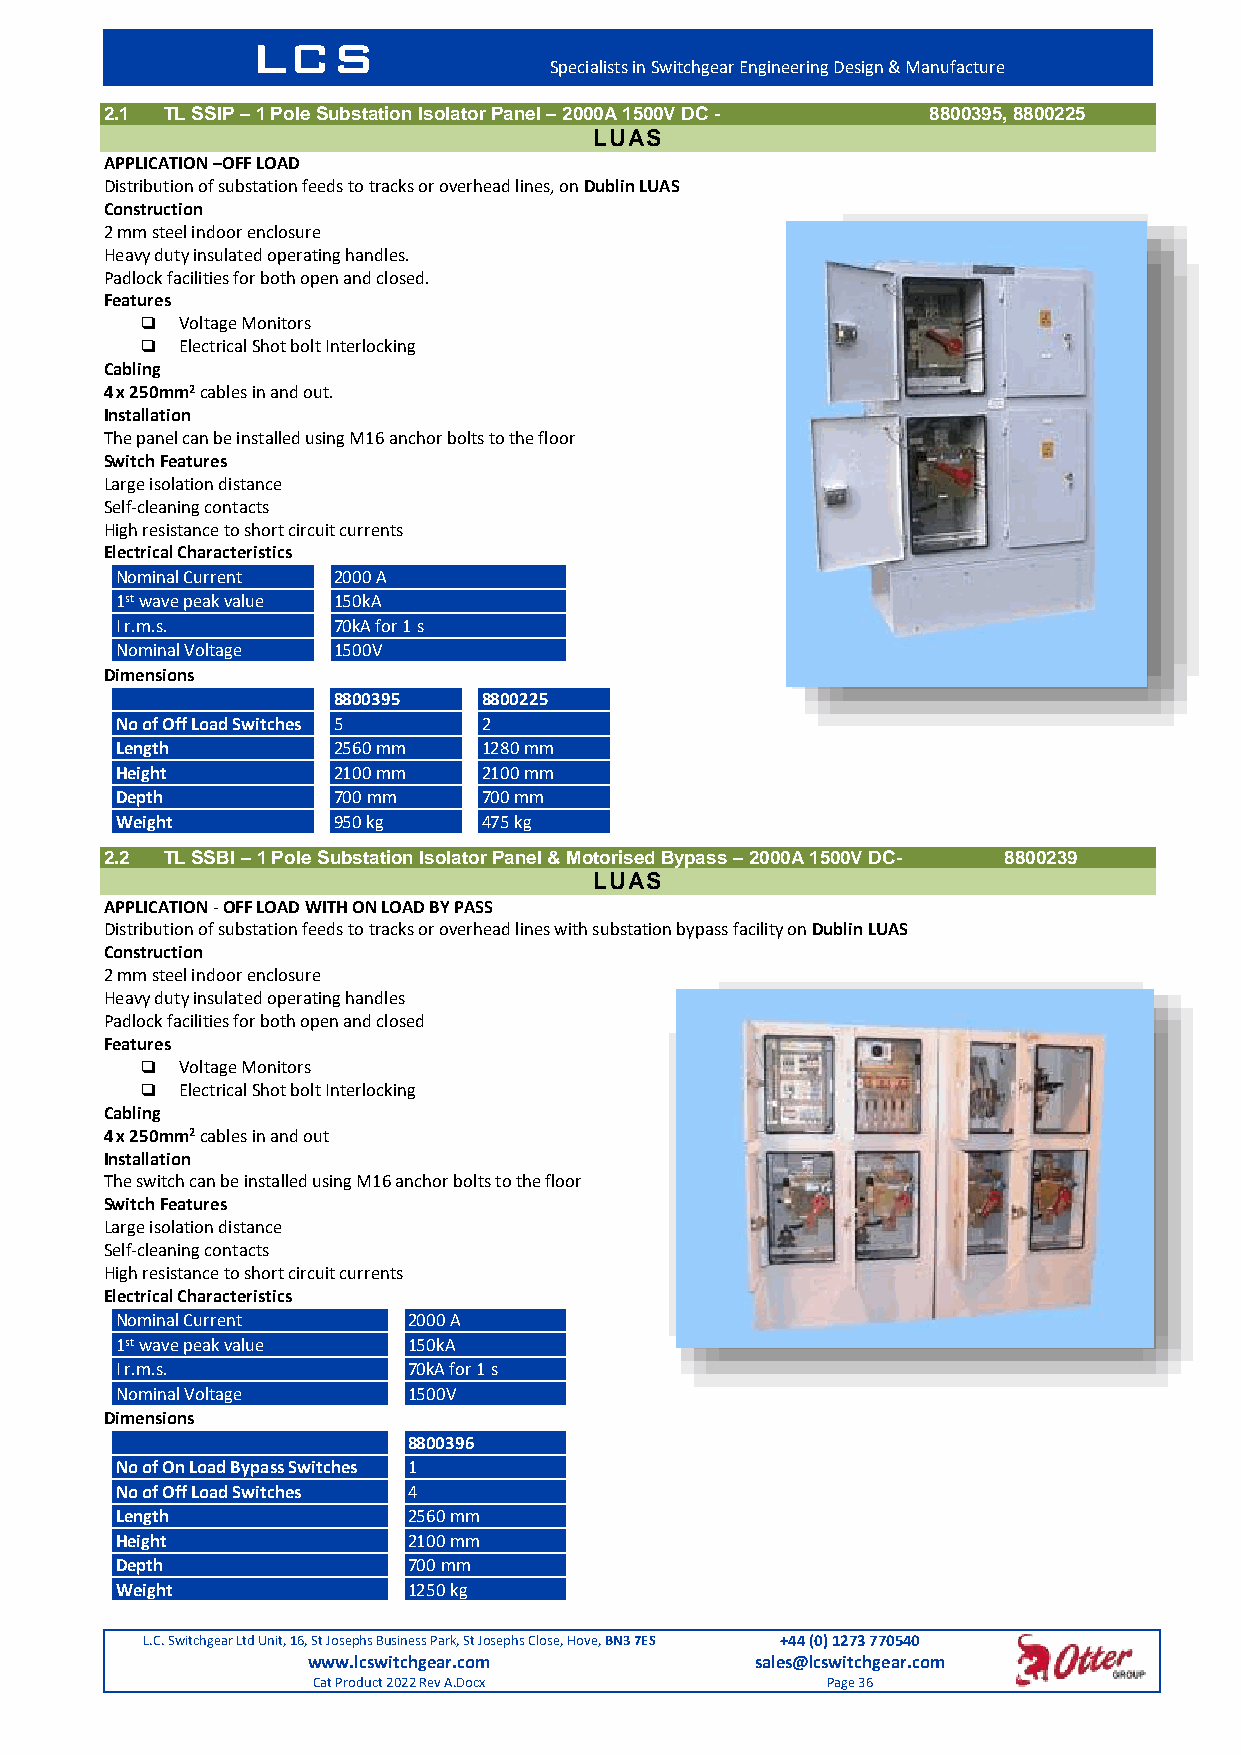
LCS
 Specialists in Switchgear Engineering Design & Manufacture
 2.1 TL SSIP – 1 Pole Substation Isolator Panel – 2000A 1500V DC - 8800395, 8800225
 LUAS
 APPLICATION –OFF LOAD
 Distribution of substation feeds to tracks or overhead lines, on Dublin LUAS
 Construction
 2 mm steel indoor enclosure
 Heavy duty insulated operating handles.
 Padlock facilities for both open and closed.
 Features
   Voltage Monitors
   Electrical Shot bolt Interlocking
 Cabling
 4 x 250mm2 cables in and out.
 Installation
 The panel can be installed using M16 anchor bolts to the floor
 Switch Features
 Large isolation distance
 Self-cleaning contacts
 High resistance to short circuit currents
 Electrical Characteristics
 Nominal Current 2000 A
 1st wave peak value 150kA
 I r.m.s.      70kA for 1 s
 Nominal Voltage 1500V
 Dimensions
 8800395   8800225
 No of Off Load Switches 5 2
 Length        2560 mm   1280 mm
 Height        2100 mm   2100 mm
 Depth         700 mm    700 mm
 Weight        950 kg    475 kg
 2.2 TL SSBI – 1 Pole Substation Isolator Panel & Motorised Bypass – 2000A 1500V DC- 8800239
 LUAS
 APPLICATION - OFF LOAD WITH ON LOAD BY PASS
 Distribution of substation feeds to tracks or overhead lines with substation bypass facility on Dublin LUAS
 Construction
 2 mm steel indoor enclosure
 Heavy duty insulated operating handles
 Padlock facilities for both open and closed
 Features
   Voltage Monitors
   Electrical Shot bolt Interlocking
 Cabling
 4 x 250mm2 cables in and out
 Installation
 The switch can be installed using M16 anchor bolts to the floor
 Switch Features
 Large isolation distance
 Self-cleaning contacts
 High resistance to short circuit currents
 Electrical Characteristics
 Nominal Current    2000 A
 1st wave peak value 150kA
 I r.m.s.           70kA for 1 s
 Nominal Voltage    1500V
 Dimensions
 8800396
 No of On Load Bypass Switches 1
 No of Off Load Switches 4
 Length             2560 mm
 Height             2100 mm
 Depth              700 mm
 Weight             1250 kg
 L.C. Switchgear Ltd Unit, 16, St Josephs Business Park, St Josephs Close, Hove, BN3 7ES +44 (0) 1273 770540
 www.lcswitchgear.com          sales@lcswitchgear.com
 Cat Product 2022 Rev A.Docx       Page 36